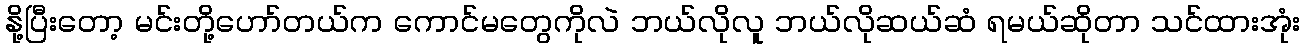
နို့ပြီးတော့ မင်းတို့ဟော်တယ်က ကောင်မတွေကိုလဲ ဘယ်လိုလူ ဘယ်လိုဆယ်ဆံ ရမယ်ဆိုတာ သင်ထားအုံး